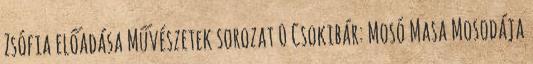
Zsófia előadása Művészetek sorozat 0 Csokibár: Mosó Masa Mosodája